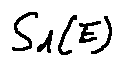
S _ { d } ( E )